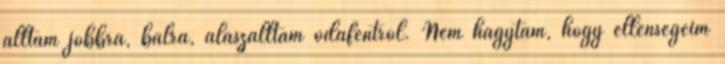
álltam jobbra, balra, alászálltam odafentről. Nem hagytam, hogy ellenségeim